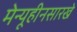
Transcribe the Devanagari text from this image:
मेन्यूहीनसारखे